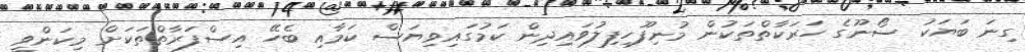
ގިނަ ބަޔަކު ސޯނޫގެ ހަރަކާތްތަކުން މުނިފޫހިފިލުވައިދިން ކަމުގައިވިޔަސް ކަމާއި ބެހޭ އިސްފަރާތްތަކަށް މިކަންވީ